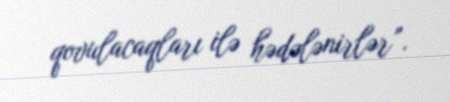
qovulacaqları ilə hədələnirlər”.